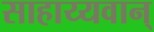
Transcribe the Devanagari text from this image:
साहाय्यवान्